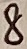
Text: 8